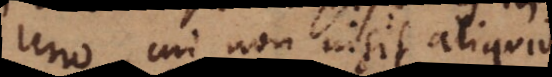
uno, cui non insit aliquid